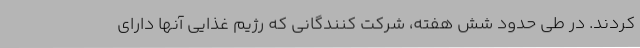
کردند. در طی حدود شش هفته، شرکت کنندگانی که رژیم غذایی آنها دارای